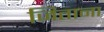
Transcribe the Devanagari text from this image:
जिताना